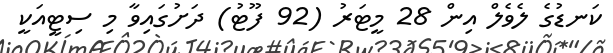
ކަނޑުގެ ލެވެލް އިން 28 މީޓަރު (92 ފޫޓު) ދަށުގައިވާ މި ސިޓީއަކީ